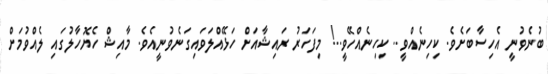
ބުނެވުނީ އެހިސާބަށެވެ. ކިހިނެއްވީ.. ކިހިނެއްހޭވީ..! މިފަހަރު ރައިޝާއަށް ހަޅޭއްލަވައިގަނެވުނީއެވެ. މާއިޝް ހެޔޮހާލުގައި ލެއްވުމަށް